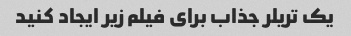
یک تریلر جذاب برای فیلم زیر ایجاد کنید